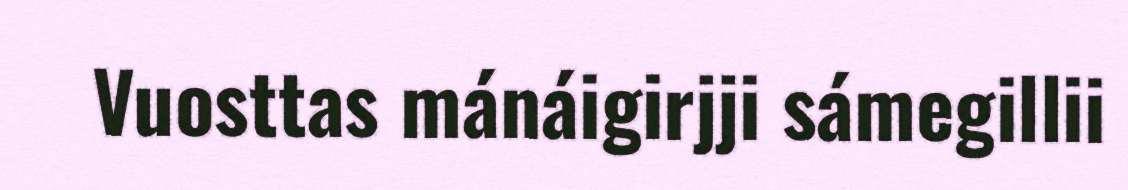
Vuosttas mánáigirjji sámegillii